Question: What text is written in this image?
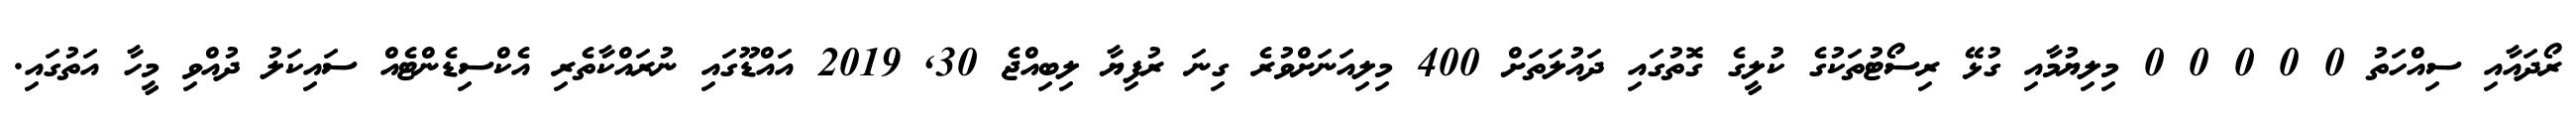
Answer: ރޯދައާއި ސިއްހަތު 0 0 0 0 0 މިލިޔުމާއި ގުޅޭ ރިސޯޓުތަކުގެ ކުލީގެ ގޮތުގައި ދައުލަތަށް 400 މިލިއަނަށްވުރެ ގިނަ ރުފިޔާ ލިބިއްޖެ 30, 2019 އައްޑޫގައި ނުރައްކާތެރި އެކްސިޑެންޓެއް ސައިކަލު ދުއްވި މީހާ އަތުގައި.